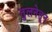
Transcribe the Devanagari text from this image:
तुलनेतून